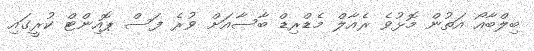
ބިލްބާއޯ އަތުން މޮޅުވެ ރެއާލް މެޑްރިޑް ބާސާއަށް ވުރެ ފަސް ޕޮއިންޓް ކުރީގައި